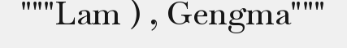
"""Lam ) , Gengma"""